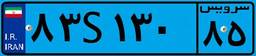
۵۴S۵۱۶۸۷